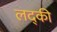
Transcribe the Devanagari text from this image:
लद्की